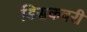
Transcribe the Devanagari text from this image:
डिसकवरी